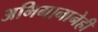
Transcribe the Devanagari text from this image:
अभिमानानेही